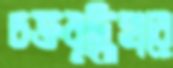
চক্রবৃদ্ধিহারে